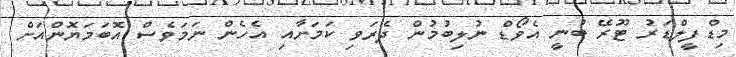
މިޑްފީލްޑަރު ޓޫރޭ ބުނީ އެވޯޑް ނުލިބުމުން ދެރަވި ކަމަށާއި އެހެން ނަމަވެސް އޮބަމަޔޮންއަށް